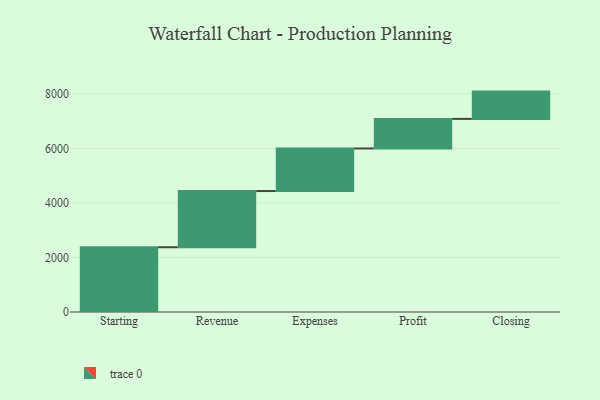
{"axis": {"x": "Step", "y": "Value"}, "legend": [""], "data": [{"x": "Starting", "y": 2374.0, "type": ""}, {"x": "Revenue", "y": 2060.0, "type": ""}, {"x": "Expenses", "y": 1561.0, "type": ""}, {"x": "Profit", "y": 1085.0, "type": ""}, {"x": "Closing", "y": 1000, "type": ""}]}